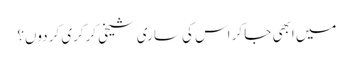
میں ابھی جا کر اس کی ساری شیخی کرکری کر دوں؟